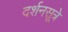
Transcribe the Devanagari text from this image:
दर्शनसूत्रे